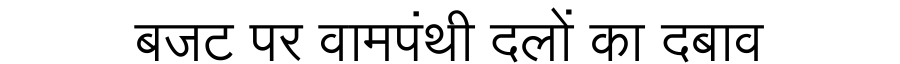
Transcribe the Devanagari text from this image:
बजट पर वामपंथी दलों का दबाव